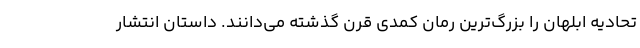
تحادیه ابلهان را بزرگ‌ترین رمان کمدی قرن گذشته می‌دانند. داستان انتشار